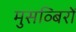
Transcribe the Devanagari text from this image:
मुसव्बिरों